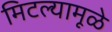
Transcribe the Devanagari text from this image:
मिटल्यामूळे